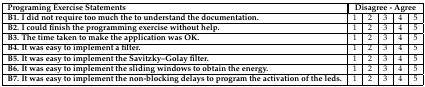
| Programing Exercise Statements | <COLSPAN=5> Disagree - Agree |
 | --- | --- | --- | --- | --- | --- |
 | B1. I did not require too much the to understand the documentation. | 1 | 2 | 3 | 4 | 5 |
 | B2. I could finish the programming exercise without help. | 1 | 2 | 3 | 4 | 5 |
 | B3. The time taken to make the application was OK. | 1 | 2 | 3 | 4 | 5 |
 | B4. It was easy to implement a filter. | 1 | 2 | 3 | 4 | 5 |
 | B5. It was easy to implement the Savitzky–Golay filter. | 1 | 2 | 3 | 4 | 5 |
 | B6. It was easy to implement the sliding windows to obtain the energy. | 1 | 2 | 3 | 4 | 5 |
 | B7. It was easy to implement the non-blocking delays to program the activation of the leds. | 1 | 2 | 3 | 4 | 5 |